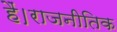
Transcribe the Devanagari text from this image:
हैं।राजनीतिक